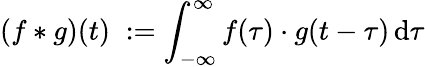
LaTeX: (f*g)(t)\; :=\int_{-\infty}^{\infty}f(\tau)\cdot g(t-\tau)\, \mathrm{d}\tau